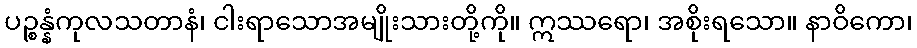
ပဉ္စန္နံကုလသတာနံ၊ ငါးရာသောအမျိုးသားတို့ကို။ ဣဿရော၊ အစိုးရသော။ နာဝိကော၊